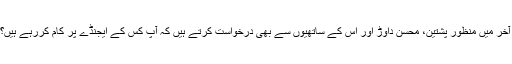
آخر میں منظور پشتین، محسن داوڑ اور اس کے ساتھیوں سے بھی درخواست کرتے ہیں کہ آپ کس کے ایجنڈے پر کام کررہے ہیں؟